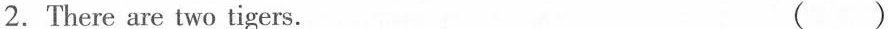
2.There are two tigers. （）